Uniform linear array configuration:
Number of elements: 48
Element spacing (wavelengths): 0.5
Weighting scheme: hamming
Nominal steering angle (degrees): -30
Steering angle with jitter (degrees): -28.915
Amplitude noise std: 0.05
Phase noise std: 0.05

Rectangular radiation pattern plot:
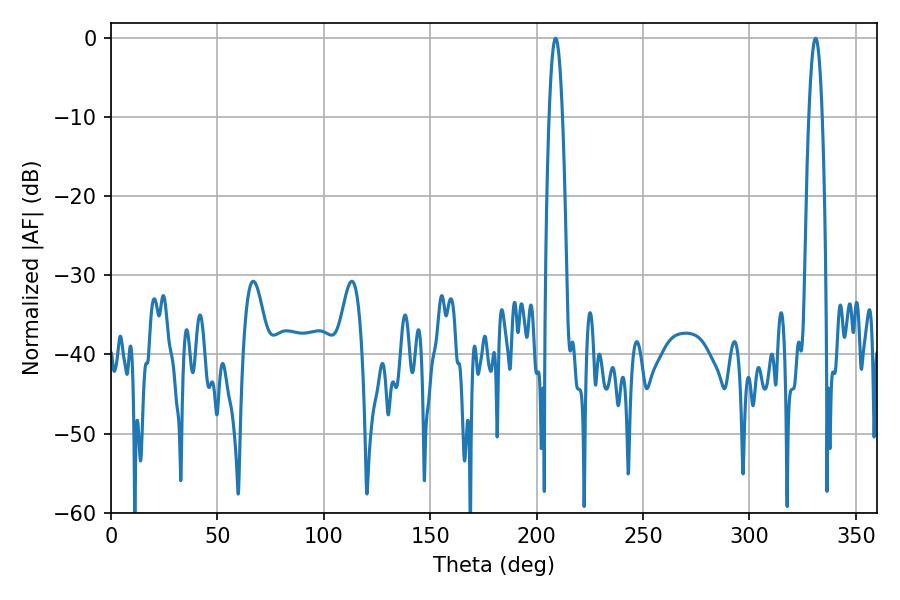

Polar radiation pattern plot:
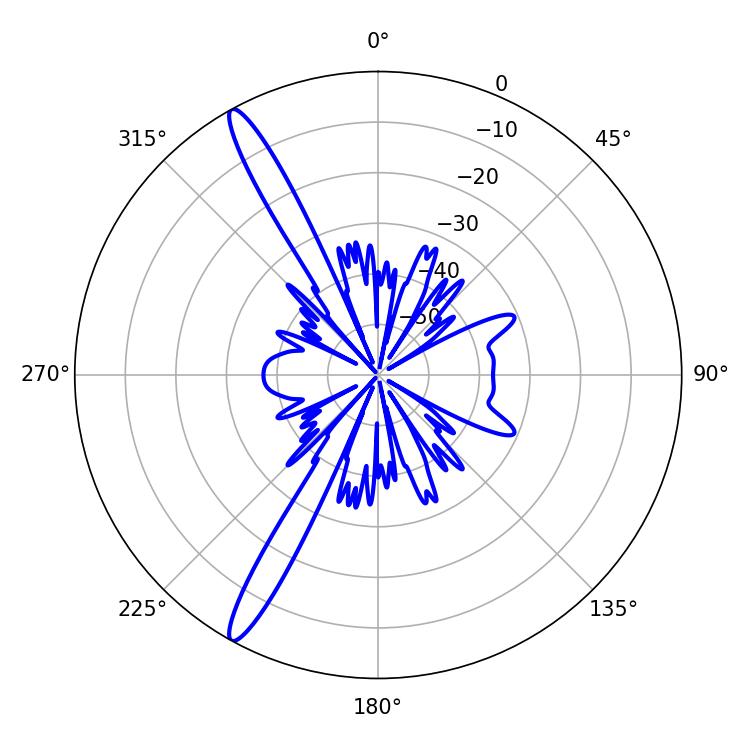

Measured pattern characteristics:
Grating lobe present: FALSE
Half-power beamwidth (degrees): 3.42
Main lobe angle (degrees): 208.98